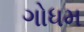
ગોધમ